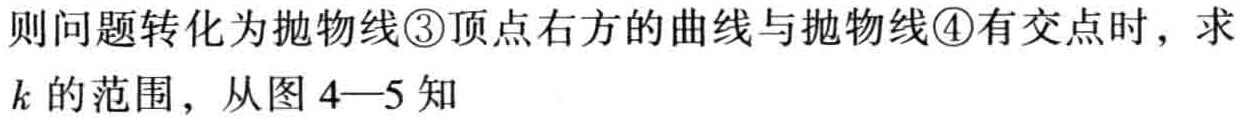
则问题转化为抛物线\textcircled{3}顶点右方的曲线与抛物线\textcircled{4}有交点时，求\(k\)的范围，从图 4—5 知